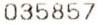
035857